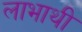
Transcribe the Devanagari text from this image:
लाभाथी